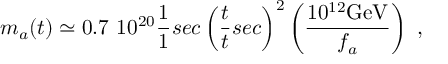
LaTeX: m _ { a } ( t ) \simeq 0 . 7 ~ 1 0 ^ { 2 0 } \frac { 1 } { 1 } { s e c } \left( \frac { t } { t } { s e c } \right) ^ { 2 } \left( \frac { 1 0 ^ { 1 2 } \mathrm { G e V } } { f _ { a } } \right) \ ,